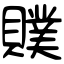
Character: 贌